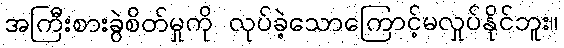
အကြီးစားခွဲစိတ်မှုကို လုပ်ခဲ့သောကြောင့်မလှုပ်နိုင်ဘူး။